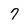
Character: 7